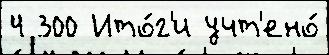
4 300 Ито́г'и учт'ено́